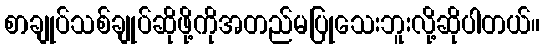
စာချုပ်သစ်ချုပ်ဆိုဖို့ကိုအတည်မပြုသေးဘူးလို့ဆိုပါတယ်။